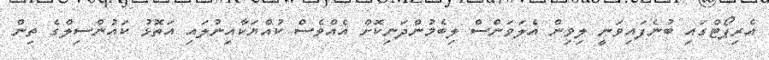
އެރިޕޯޓްގައި ބުނެފައިވަނީ ލިވިން އެލަވަންސް ލިބެމުންދަނިކޮށް އެއްވެސް ކުއްޔަކާއިނުލައި އަތޮޅު ކައުންސިލްގެ ތިން